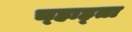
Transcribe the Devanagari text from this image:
च्हाह्ता